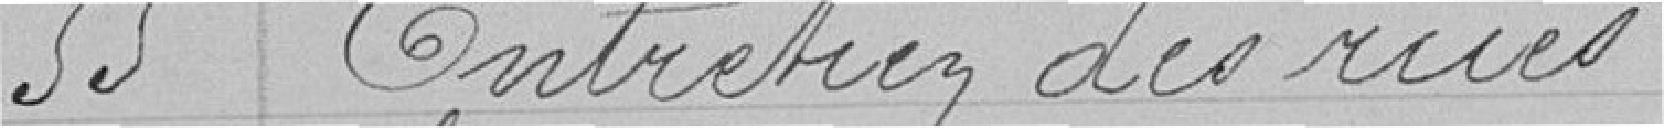
55 Entretien des rues